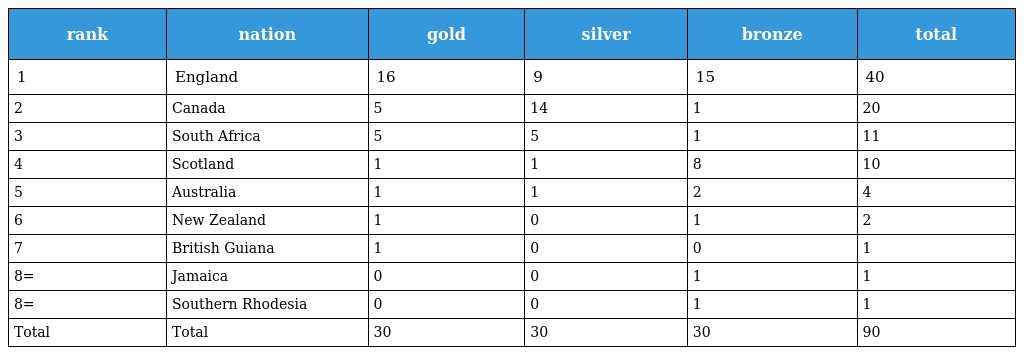
| rank | nation | gold | silver | bronze | total |
 | --- | --- | --- | --- | --- | --- |
 | 1 | England | 16 | 9 | 15 | 40 |
 | 2 | Canada | 5 | 14 | 1 | 20 |
 | 3 | South Africa | 5 | 5 | 1 | 11 |
 | 4 | Scotland | 1 | 1 | 8 | 10 |
 | 5 | Australia | 1 | 1 | 2 | 4 |
 | 6 | New Zealand | 1 | 0 | 1 | 2 |
 | 7 | British Guiana | 1 | 0 | 0 | 1 |
 | 8= | Jamaica | 0 | 0 | 1 | 1 |
 | 8= | Southern Rhodesia | 0 | 0 | 1 | 1 |
 | Total | Total | 30 | 30 | 30 | 90 |